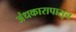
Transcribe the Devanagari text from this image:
अंधकारापासून